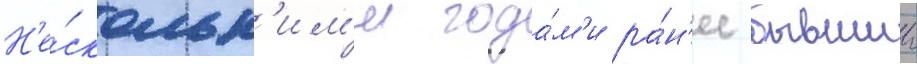
Н'е́скольк'им'и года́м'и ра́н'ее бывшии